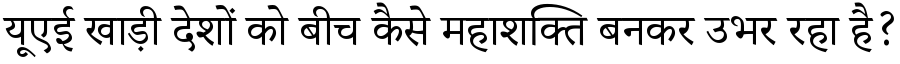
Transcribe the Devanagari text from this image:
यूएई खाड़ी देशों को बीच कैसे महाशक्ति बनकर उभर रहा है?